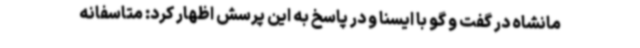
مانشاه در گفت و گو با ایسنا و در پاسخ به این پرسش اظهار کرد: متاسفانه